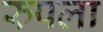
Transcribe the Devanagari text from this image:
रुपला